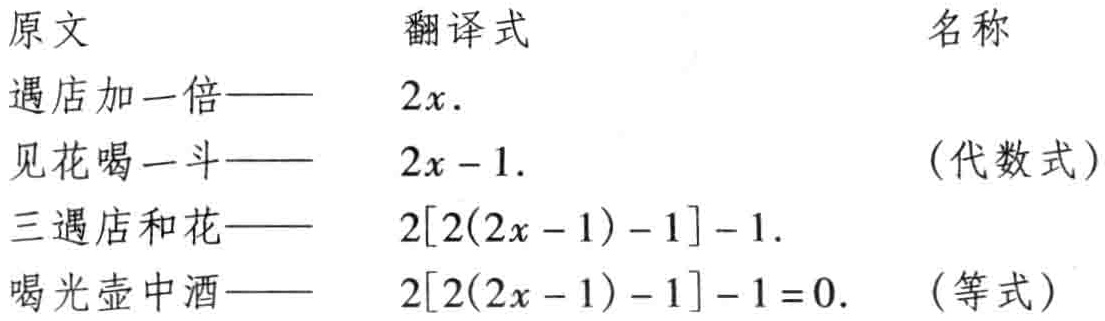
|原文|翻译式|名称|

| ---- | ---- | ---- |

|遇店加一倍——|$2x$.|  |

|见花喝一斗——|$2x - 1$.|（代数式）|

|三遇店和花——|$2[2(2x - 1) - 1] - 1$.|  |

|喝光壶中酒——|$2[2(2x - 1) - 1] - 1 = 0$.|（等式）|